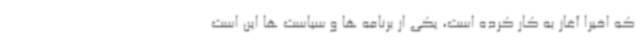
که اخیراً آغاز به کار کرده است، یکی از برنامه ها و سیاست ها این است